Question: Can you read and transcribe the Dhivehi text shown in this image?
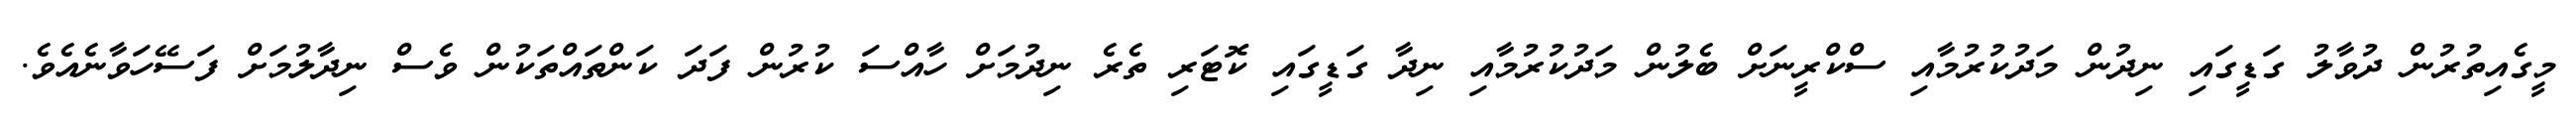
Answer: މީގެއިތުރުން ދުވާލު ގަޑީގައި ނިދުން މަދުކުރުމާއި ސްކްރީނަށް ބެލުން މަދުކުރުމާއި ނިދާ ގަޑީގައި ކޮޓަރި ތެރެ ނިދުމަށް ހާއްސަ ކުރުން ފަދަ ކަންތައްތަކުން ވެސް ނިދާލުމަށް ފަސޭހަވާނެއެވެ.